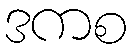
ဒကစ